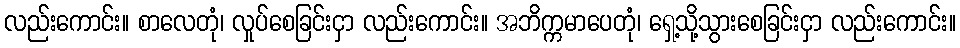
လည်းကောင်း။ စာလေတုံ၊ လှုပ်စေခြင်းငှာ လည်းကောင်း။ အဘိက္ကမာပေတုံ၊ ရှေ့သို့သွားစေခြင်းငှာ လည်းကောင်း။